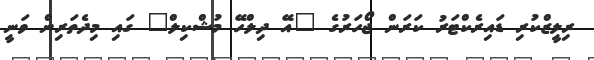
ރިލީޒްކުރި ޑައިރެކްޓަރު ކަރަން ޖޯހަރުގެ "އޭ ދިލްހޭ މުޝްކިލް" ގައި މިދެތަރިން ވަނީ